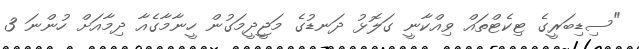
"ސިޑިބަރީގެ ޓިކެޓްތައް ވިއްކާނީ ގަލޮޅު ދަނޑުގެ މަޖީދީމަގުން ހީނާމާގެއާ ދިމާއަށް ހުންނަ 3